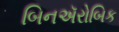
બિનઍરોબિક